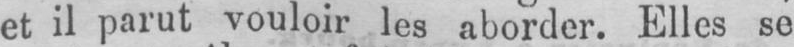
et il parut vouloir les aborder. Elles se